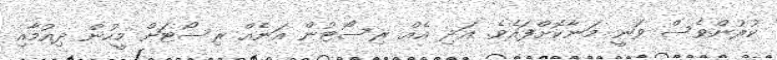
ކުރުންވެސް ވަނީ މަނާކޮށްފައެވެ. އަދި އެއް ރިސޯޓުން އަނެއް ރިސޯޓަށް މީހުން ދިއުމާއި